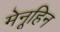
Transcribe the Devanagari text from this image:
मेनूहिन